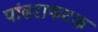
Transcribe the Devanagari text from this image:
पांढराफटक